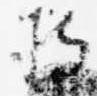
持